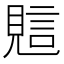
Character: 𧠻